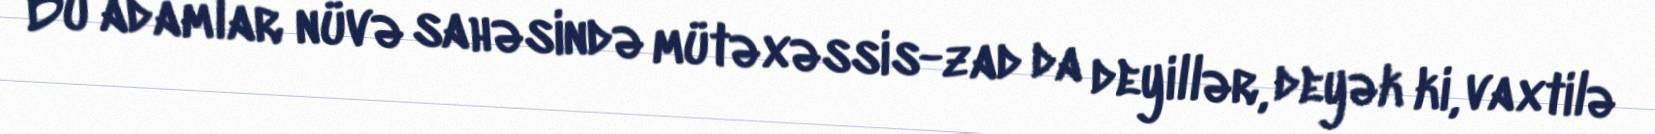
Bu adamlar nüvə sahəsində mütəxəssis-zad da deyillər, deyək ki, vaxtilə